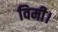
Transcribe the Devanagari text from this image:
विमी।